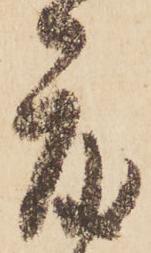
度